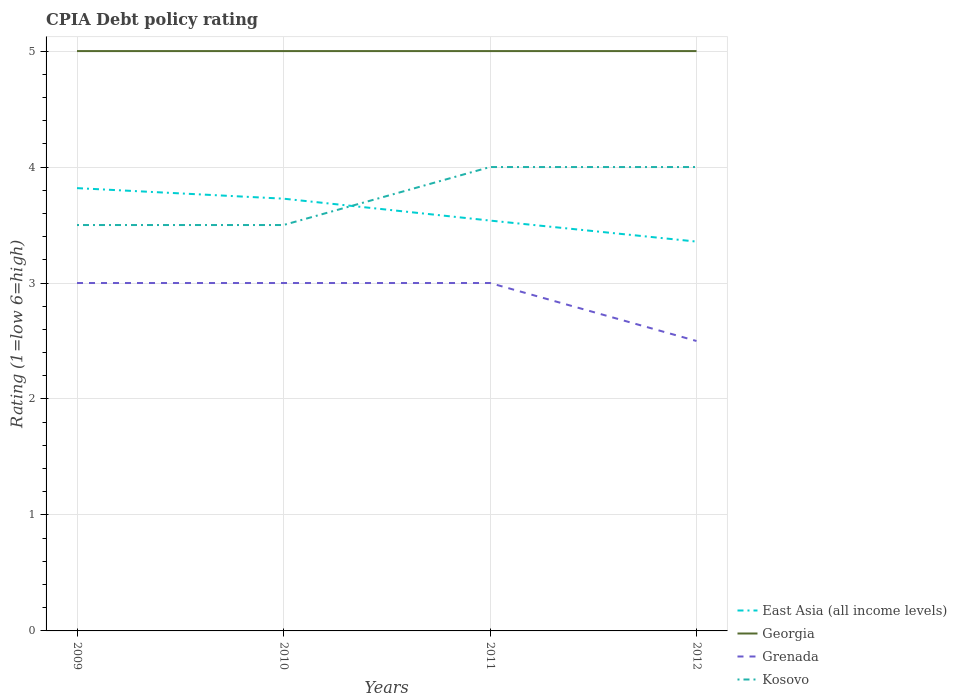
| Years | East Asia (all income levels) | Georgia | Grenada | Kosovo |
 | --- | --- | --- | --- | --- |
 | 2009 | 3.82 | 5 | 3 | 3.5 |
 | 2010 | 3.73 | 5 | 3 | 3.5 |
 | 2011 | 3.54 | 5 | 3 | 4 |
 | 2012 | 3.36 | 5 | 2.5 | 4 |